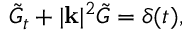
\tilde { G } _ { t } + | \mathbf { k } | ^ { 2 } \tilde { G } = \delta ( t ) ,